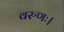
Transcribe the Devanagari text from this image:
वरुणः।